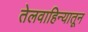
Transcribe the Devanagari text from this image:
तेलवाहिन्यातून